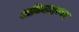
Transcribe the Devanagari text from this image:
अविवादस्पद